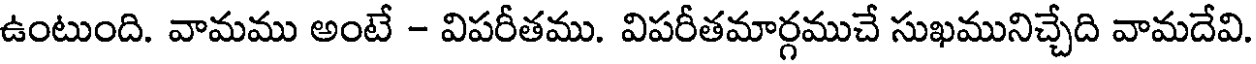
ఉంటుంది. వామము అంటే - విపరీతము. విపరీతమార్గముచే సుఖమునిచ్చేది వామదేవి